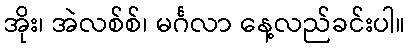
အိုး၊ အဲလစ်စ်၊ မင်္ဂလာ နေ့လည်ခင်းပါ။